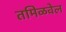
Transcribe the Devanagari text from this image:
तमिळवेल